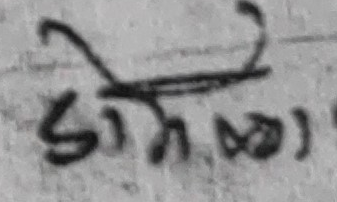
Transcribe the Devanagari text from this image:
डामाळा